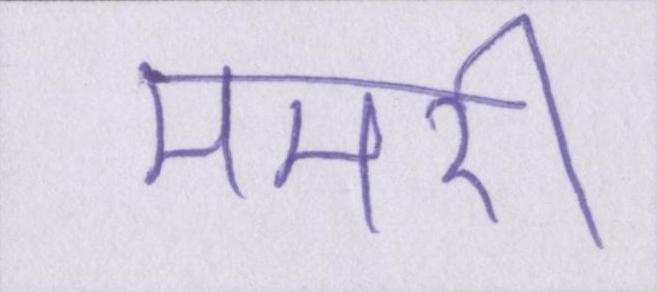
ममेरी